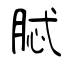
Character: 脦